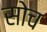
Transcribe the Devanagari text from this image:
सोच